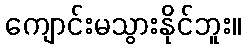
ကျောင်းမသွားနိုင်ဘူး။